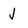
Character: J